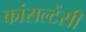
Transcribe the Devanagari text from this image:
कांसल्टेंसी